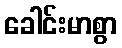
ခေါင်းမာစွာ